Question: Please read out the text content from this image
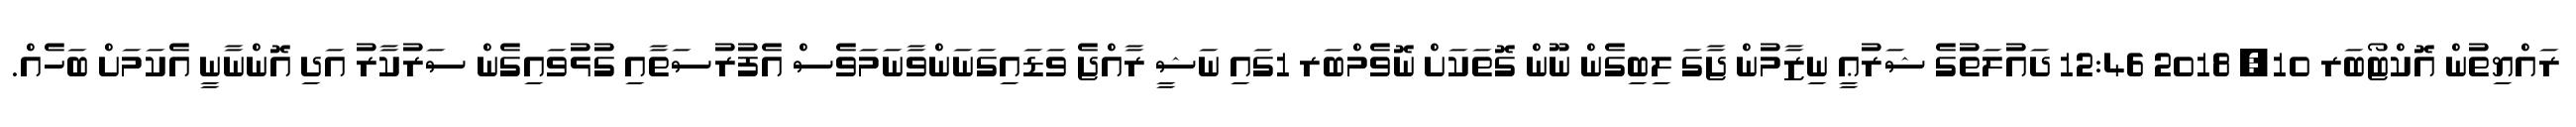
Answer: ރައްޔިތުން އޮކްޓޯބަރ 10, 2018 12:46 ދައުލަތުގެ ޝަރުޢީ ނިޒާމުން ޖާގަ ލިބިގެން ނޫން ގޮތަކަށް ނޮވެމްބަރ 1ގައި ނަޝީ ރާއްޖެ ވަޑައިގަނަންވާނަމަވެސް އެފުރުސަތާއި ގުޅުވައިގެން ސަރުކާރު އަދި އޮންނާނީ އެކަމަށް ބަހެއް.